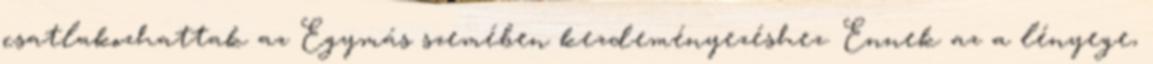
csatlakozhattak az Egymás szemében kezdeményezéshez. Ennek az a lényege,